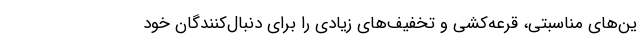
ین‌های مناسبتی، قرعه‌کشی و تخفیف‌های زیادی را برای دنبال‌کنندگان خود